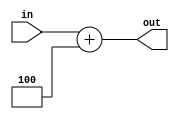
`timescale 1ns / 1ps
//////////////////////////////////////////////////////////////////////////////////
// Company: 
// Engineer: 
// 
// Design Name: 
// Module Name: add_4
// Project Name: 
// Target Devices: 
// Tool Versions: 
// Description: 
// 
// Dependencies: 
// 
// Revision:
// Revision 0.01 - File Created
// Additional Comments:
// 
//////////////////////////////////////////////////////////////////////////////////


module add_4(
    in,
    out
    );
    
input [31:0] in;
output [31:0] out;

reg [31:0] out;
always @(*)
begin
    out = in + 32'd4;
end
endmodule